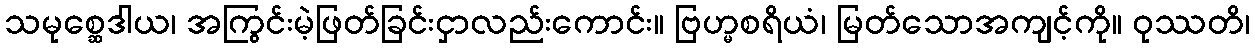
သမုစ္ဆေဒါယ၊ အကြွင်းမဲ့ဖြတ်ခြင်းငှာလည်းကောင်း။ ဗြဟ္မစရိယံ၊ မြတ်သောအကျင့်ကို။ ဝုဿတိ၊